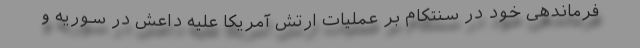
فرماندهی خود در سنتکام بر عملیات ارتش آمریکا علیه داعش در سوریه و